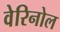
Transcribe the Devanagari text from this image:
वेरिनोल